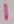
Text: 1